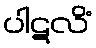
ပါဋလိံ